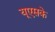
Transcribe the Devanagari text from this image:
यूएसके